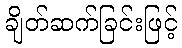
ချိတ်ဆက်ခြင်းဖြင့်